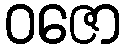
ဝဇော